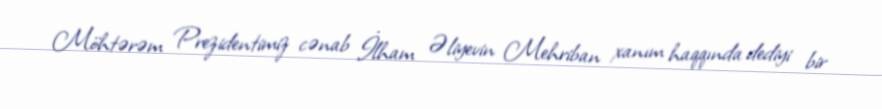
Möhtərəm Prezidentimiz cənab İlham Əliyevin Mehriban xanım haqqında dediyi bir